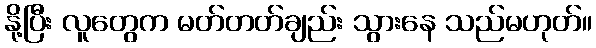
နို့ပြီး လူတွေက မတ်တတ်ချည်း သွားနေ သည်မဟုတ်။